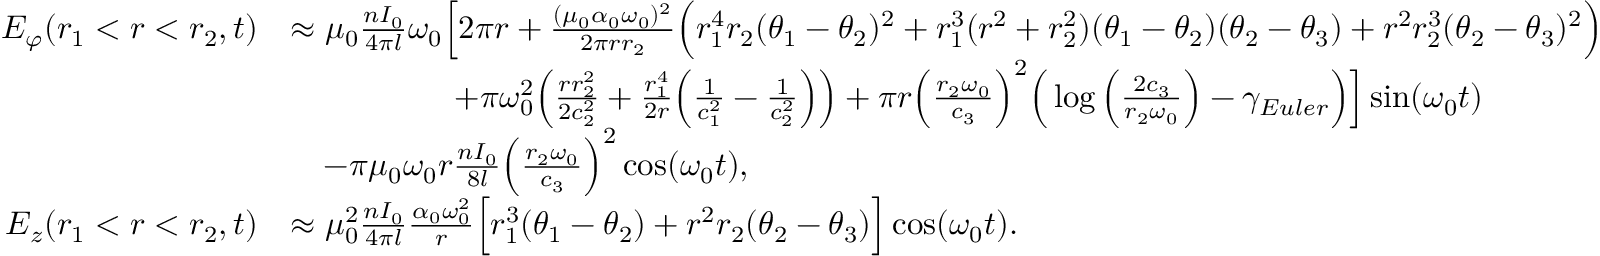
\begin{array} { r l } { E _ { \varphi } ( r _ { 1 } < r < r _ { 2 } , t ) } & { \approx \mu _ { 0 } \frac { n I _ { 0 } } { 4 \pi l } \omega _ { 0 } \Big [ 2 \pi r + \frac { ( \mu _ { 0 } \alpha _ { 0 } \omega _ { 0 } ) ^ { 2 } } { 2 \pi r r _ { 2 } } \Big ( r _ { 1 } ^ { 4 } r _ { 2 } ( \theta _ { 1 } - \theta _ { 2 } ) ^ { 2 } + r _ { 1 } ^ { 3 } ( r ^ { 2 } + r _ { 2 } ^ { 2 } ) ( \theta _ { 1 } - \theta _ { 2 } ) ( \theta _ { 2 } - \theta _ { 3 } ) + r ^ { 2 } r _ { 2 } ^ { 3 } ( \theta _ { 2 } - \theta _ { 3 } ) ^ { 2 } \Big ) } \\ & { \qquad \qquad \quad + \pi \omega _ { 0 } ^ { 2 } \Big ( \frac { r r _ { 2 } ^ { 2 } } { 2 c _ { 2 } ^ { 2 } } + \frac { r _ { 1 } ^ { 4 } } { 2 r } \Big ( \frac { 1 } { c _ { 1 } ^ { 2 } } - \frac { 1 } { c _ { 2 } ^ { 2 } } \Big ) \Big ) + \pi r \Big ( \frac { r _ { 2 } \omega _ { 0 } } { c _ { 3 } } \Big ) ^ { 2 } \Big ( \log \Big ( \frac { 2 c _ { 3 } } { r _ { 2 } \omega _ { 0 } } \Big ) - \gamma _ { E u l e r } \Big ) \Big ] \sin ( \omega _ { 0 } t ) } \\ & { \quad - \pi \mu _ { 0 } \omega _ { 0 } r \frac { n I _ { 0 } } { 8 l } \Big ( \frac { r _ { 2 } \omega _ { 0 } } { c _ { 3 } } \Big ) ^ { 2 } \cos ( \omega _ { 0 } t ) , } \\ { E _ { z } ( r _ { 1 } < r < r _ { 2 } , t ) } & { \approx \mu _ { 0 } ^ { 2 } \frac { n I _ { 0 } } { 4 \pi l } \frac { \alpha _ { 0 } \omega _ { 0 } ^ { 2 } } { r } \Big [ r _ { 1 } ^ { 3 } ( \theta _ { 1 } - \theta _ { 2 } ) + r ^ { 2 } r _ { 2 } ( \theta _ { 2 } - \theta _ { 3 } ) \Big ] \cos ( \omega _ { 0 } t ) . } \end{array}